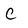
Character: C